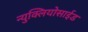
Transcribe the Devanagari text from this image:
न्युक्लियोसाईड